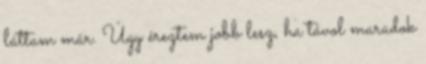
láttam már. Úgy éreztem jobb lesz, ha távol maradok